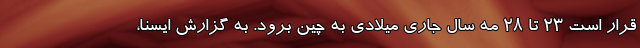
قرار است ۲۳ تا ۲۸ مه سال جاری میلادی به چین برود. به گزارش ایسنا،